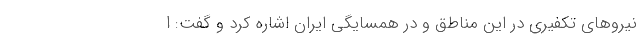
نیروهای تکفیری در این مناطق و در همسایگی ایران اشاره کرد و گفت: ا